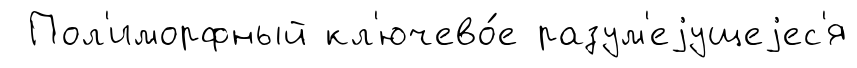
Пол'иморфный кл'ючево́е разум'еjущеjес'я